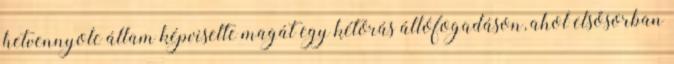
hetvennyolc állam képviselte magát egy kétórás állófogadáson, ahol elsősorban